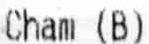
CHAM (B)